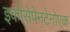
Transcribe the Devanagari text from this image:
इकोसेपेनटेनोएक